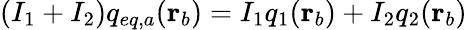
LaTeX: \begin{array}{r}{(I_{1}+I_{2})q_{eq,a}(\mathbf{r}_{b})=I_{1}q_{1}(\mathbf{r}_{b})+I_{2}q_{2}(\mathbf{r}_{b})}\end{array}